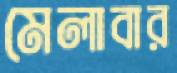
মেলাবার